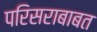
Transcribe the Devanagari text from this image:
परिसराबाबत